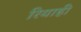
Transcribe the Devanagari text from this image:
रियाही